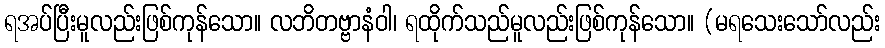
ရအပ်ပြီးမူလည်းဖြစ်ကုန်သော။ လဘိတဗ္ဗာနံဝါ၊ ရထိုက်သည်မူလည်းဖြစ်ကုန်သော။ (မရသေးသော်လည်း